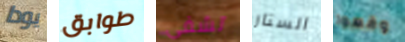
يودا طوابق تشفى الستار وقعوا